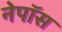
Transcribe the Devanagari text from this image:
नेपॉस